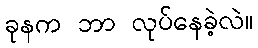
ခုနက ဘာ လုပ်နေခဲ့လဲ။